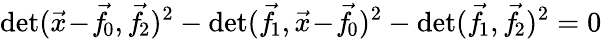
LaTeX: \operatorname*{det}({\vec{x}}\! -\! {\vec{f}}\! _{0},{\vec{f}}\! _{2})^{2}-\operatorname*{det}({\vec{f}}\! _{1},{\vec{x}}\! -\! {\vec{f}}\! _{0})^{2}-\operatorname*{det}({\vec{f}}\! _{1},{\vec{f}}\! _{2})^{2}=0